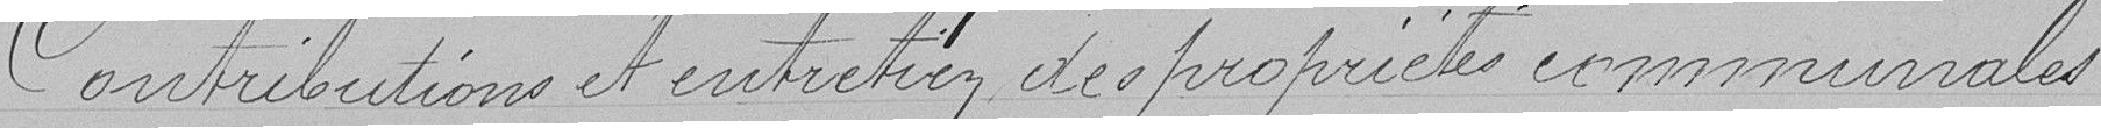
Contributions et entretien des propriétés communales